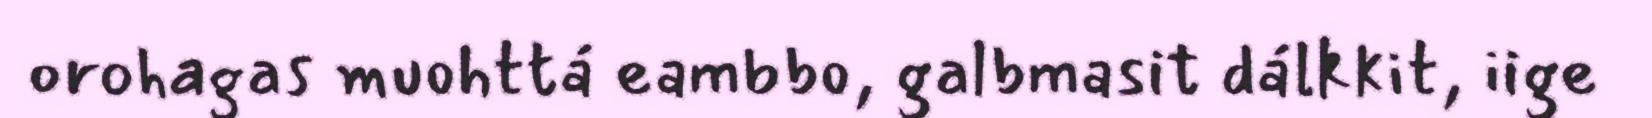
orohagas muohttá eambbo, galbmasit dálkkit, iige